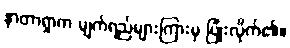
နာတာရှာက မျက်ရည်များကြားမှ ပြုံးလိုက်၏။